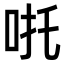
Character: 𠱹